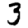
Digit: 3